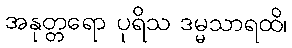
အနုတ္တရော ပုရိသ ဒမ္မသာရထိ၊